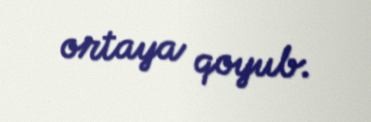
ortaya qoyub.